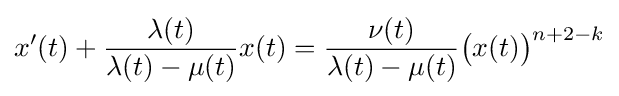
x'(t)+{\frac {\lambda (t)}{\lambda (t)-\mu (t)}}x(t)={\frac {\nu (t)}{\lambda (t)-\mu (t)}}{\big (}x(t){\big )}^{n+2-k}